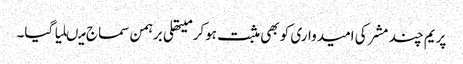
پریم چند مشر کی امیدواری کو بھی مثبت ہوکر میتھلی برہمن سماج میںلیا گیا۔